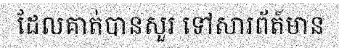
ដែលគាត់បានសួរ ទៅសារព័ត៍មាន